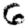
Digit: 6